Document type: Sale
Year: 1451
Scribe: [Unknown]
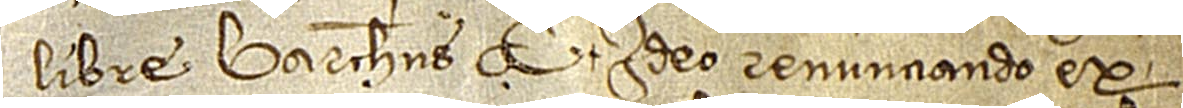
libre barchinonenses. Et ideo, renunciando ex-